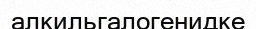
алкильгалогенидке